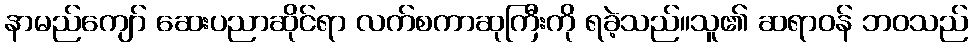
နာမည်ကျော် ဆေးပညာဆိုင်ရာ လက်စကာဆုကြီးကို ရခဲ့သည်။သူ၏ ဆရာဝန် ဘဝသည်